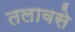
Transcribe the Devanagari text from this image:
तलावसे